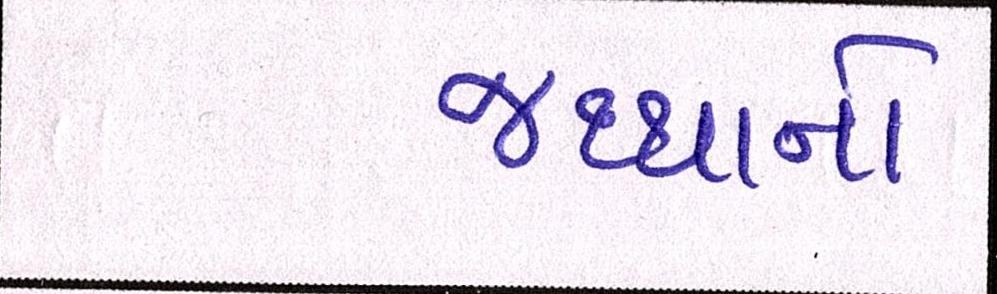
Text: જથ્થાનો